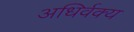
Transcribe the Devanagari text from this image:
अधिर्वक्य